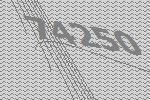
74250